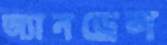
অ্যানড্রেল